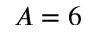
A = 6